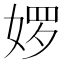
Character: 𮱊